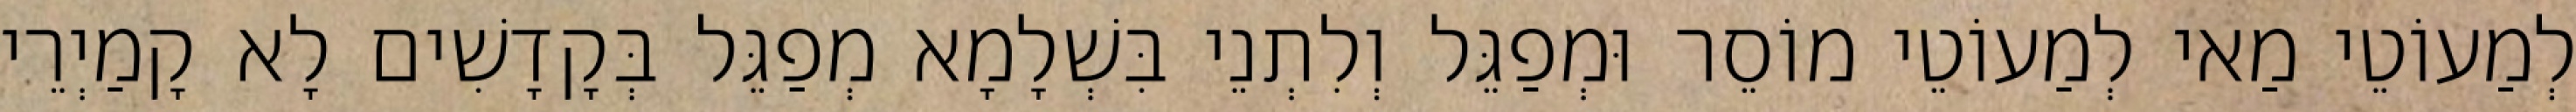
לְמַעוֹטֵי מַאי לְמַעוֹטֵי מוֹסֵר וּמְפַגֵּל וְלִתְנֵי בִּשְׁלָמָא מְפַגֵּל בְּקָדָשִׁים לָא קָמַיְרֵי